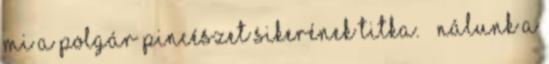
mi a Polgár Pincészet sikerének titka. — Nálunk a